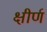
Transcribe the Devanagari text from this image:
क्षीर्ण